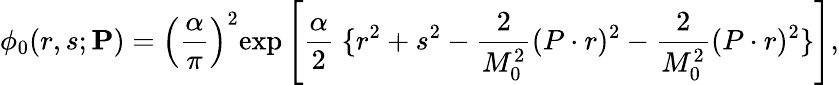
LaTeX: \phi_{0}(r,s;{\mathbf P})=\left(\frac{\alpha}{\pi}\right)^{2}\! \exp\left[\frac{\alpha}{2}\; \{ r^{2}+s^{2}-\frac{2}{M_{0}^{2}}(P\cdot r)^{2}-\frac{2}{M_{0}^{2}}(P\cdot r)^{2}\} \right],